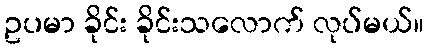
ဥပမာ ခိုင်း ခိုင်းသလောက် လုပ်မယ်။